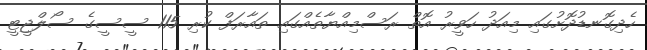
ހެދިގޮނޑުދޮށުގައި މިއަދު ހަވީރު އޮތް ރަސްމިއްޔާތެއްގައި ތައާރަފް ކުރި 115 ސީސީގެ ސޯލްޖީޓީ